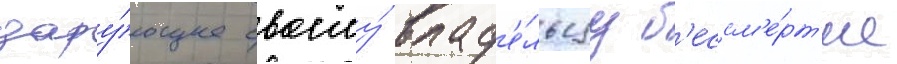
дару́ющее своему́ влад'е́льцу б'ессм'е́рт'ие